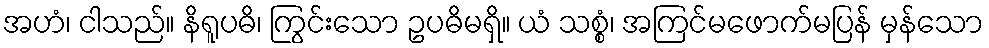
အဟံ၊ ငါသည်။ နိရူပဓိ၊ ကြွင်းသော ဥပဓိမရှိ။ ယံ သစ္စံ၊ အကြင်မဖောက်မပြန် မှန်သော